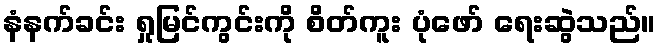
နံနက်ခင်း ရှုမြင်ကွင်းကို စိတ်ကူး ပုံဖော် ရေးဆွဲသည်။